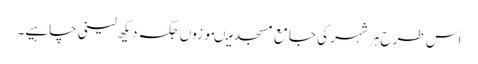
اس طرح ہر شہر کی جامع مسجد میںموزوں جگہ دیکھ لینی چاہیے۔